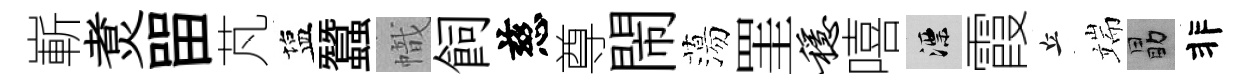
嶄煑㽞芃塩蠶幟飼慈尊閙蕩罣稳嘻漂霞丘端勗非